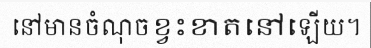
នៅមានចំណុចខ្វះខាតនៅឡើយ។